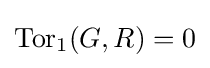
\mathrm {Tor} _{1}(G,R)=0